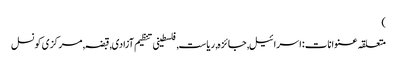
)
متعلقہ عنوانات‬:اسرائیل, جائزہ, ریاست, فلسطینی تنظیم آزادی, قبضہ, مرکزی کونسل